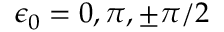
\epsilon _ { 0 } = 0 , \pi , \pm \pi / 2